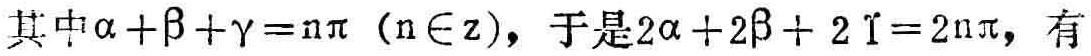
其中\(\alpha+\beta+\gamma = n\pi\)（\(n\in \mathrm{Z}\)），于是\(2\alpha + 2\beta+ 2\gamma=2n\pi\)，有